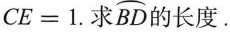
$$C E = 1$$.求\stackrel\frown{BD}的长度.